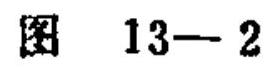
图 \(13 - 2\)